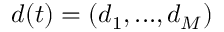
d ( t ) = ( d _ { 1 } , . . . , d _ { M } )